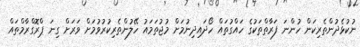
ނުކުޅެދުންތެރިކަން ހުންނަ ފަރާތްތަކުގެ ހައްގުތައް ހޯދައިދިނުމަށް މުޖުތަމައު ހޭލުންތެރިކުރުވުމަށް ވަރަށް ގިނަ ޕްރޮގްރާމްތައް